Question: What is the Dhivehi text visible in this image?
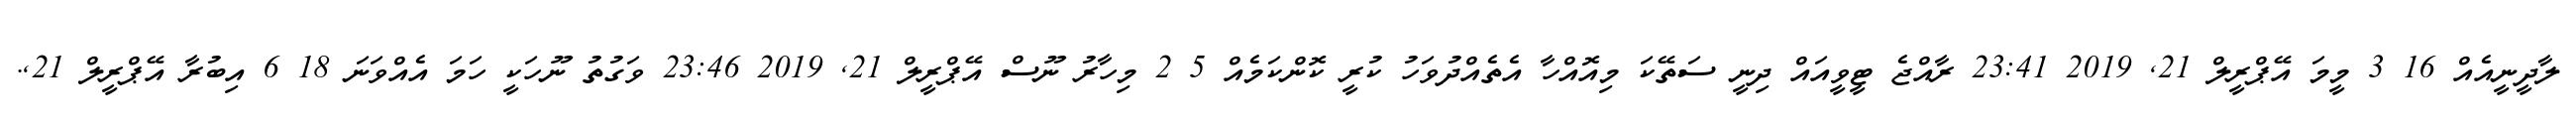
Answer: ލާދީނީއެއް 16 3 މީމަ އޭޕްރީލް 21, 2019 23:41 ރާއްޖެ ޓީވީއައް ދިނީ ސަތޭކަ މިއޮއްހާ އެތެއްދުވަހު ކުރީ ކޮންކަމެއް 5 2 މިހާރު ނޫސް އޭޕްރީލް 21, 2019 23:46 ވަގުތު ނޫހަކީ ހަމަ އެއްވަނަ 18 6 އިބުރާ އޭޕްރީލް 21,.